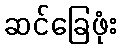
ဆင်ခြေဖုံး